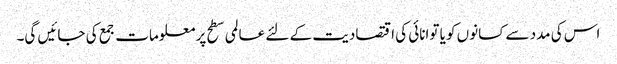
اس کی مدد سے کسانوں کو یا توانائی کی اقتصادیت کے لئے عالمی سطح پر معلومات جمع کی جائیں گی۔